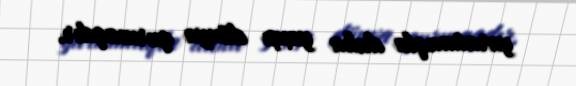
yaratmaqla daha yaxşı dünya qurmaqdır.